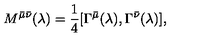
M ^ { \bar { \mu } \bar { \nu } } ( \lambda ) = \frac { 1 } { 4 } [ \Gamma ^ { \bar { \mu } } ( \lambda ) , \Gamma ^ { \bar { \nu } } ( \lambda ) ] ,